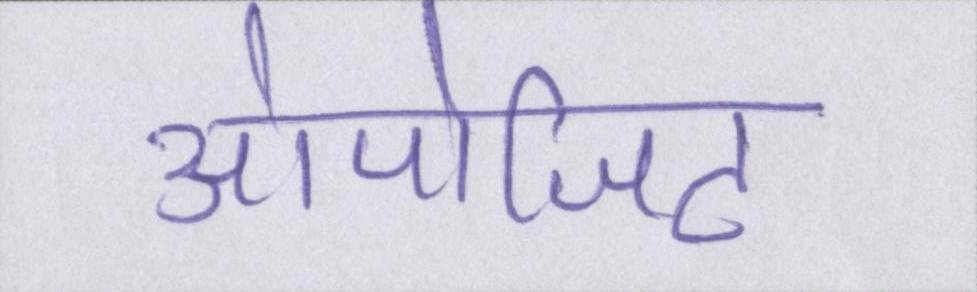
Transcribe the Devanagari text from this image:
ओपोजिट